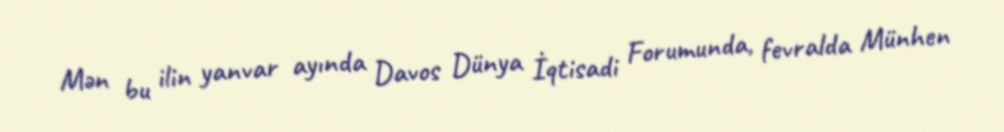
Mən bu ilin yanvar ayında Davos Dünya İqtisadi Forumunda, fevralda Münhen